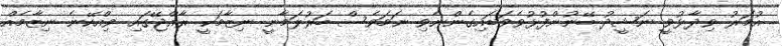
އުމަރު ވިދާޅުވީ ނަޝީދު ބޭނުންފުޅުވެވަޑައިގެންނެވި ނަމަވެސް ބަރުލަމާނީ ނިޒާމަކީ ރާއްޖޭގައި ވިއްކޭނެ ނިޒާމެއް